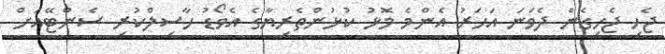
ޖެހި ޖެހިގެން ދެވަނަ އަހަރު އެންމެ މޮޅު ކުޅުންތެރިޔާގެ އެވޯޑު ހާސިލްކުރި ސެންޓޭއަށް